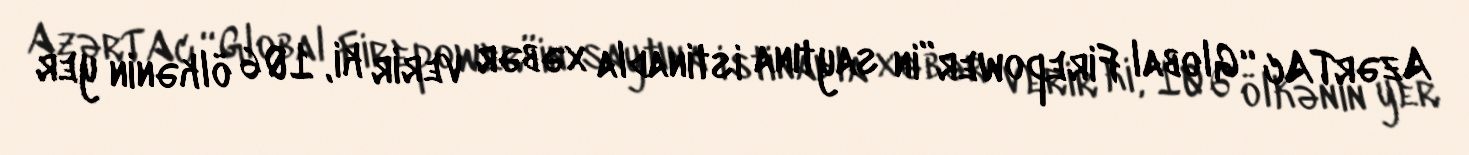
AzərTAc “Global Firepower”in saytına istinadla xəbər verir ki, 106 ölkənin yer